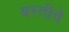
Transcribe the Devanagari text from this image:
बस्तीचे